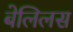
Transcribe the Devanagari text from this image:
बेलिलस